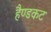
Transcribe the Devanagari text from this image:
हैण्डकट